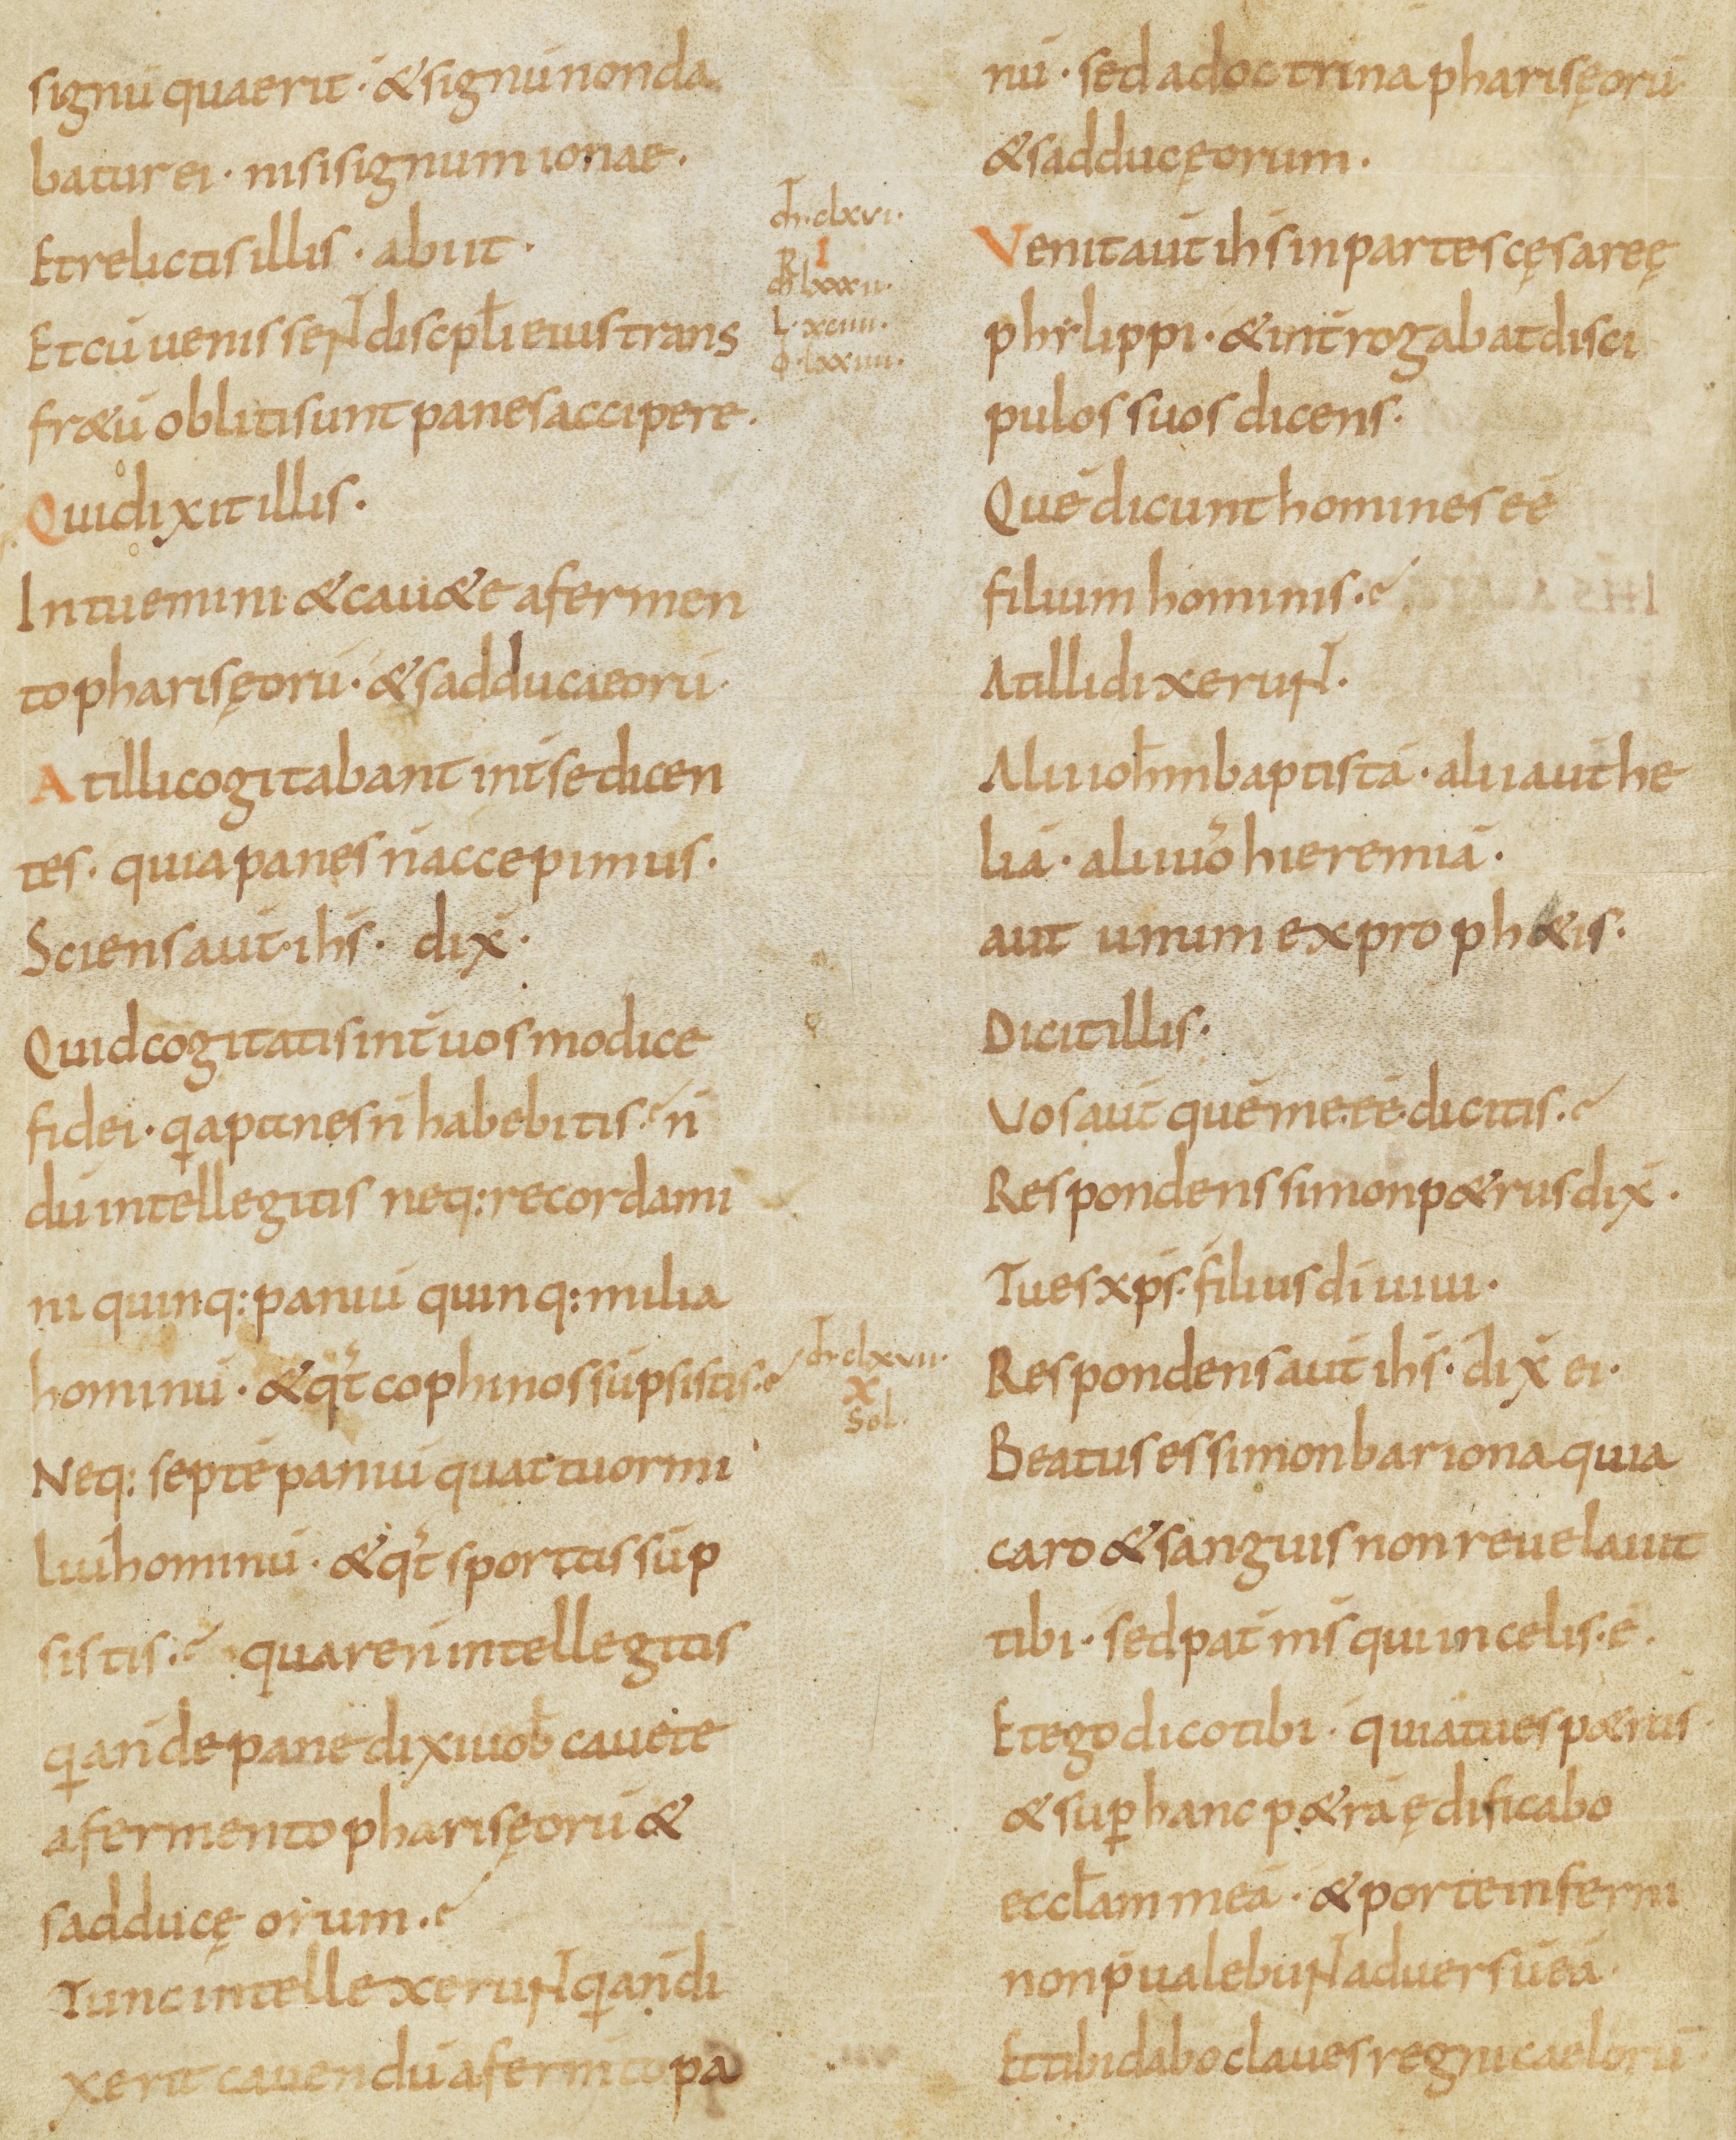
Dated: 800–899